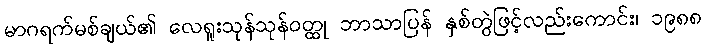
မာဂရက်မစ်ချယ်၏ လေရူးသုန်သုန်ဝတ္ထု ဘာသာပြန် နှစ်တွဲဖြင့်လည်းကောင်း၊ ၁၉၈၈